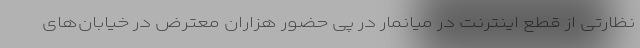
نظارتی از قطع اینترنت در میانمار در پی حضور هزاران معترض در خیابان‌های